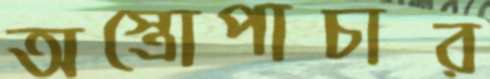
অস্ত্রোপাচার